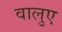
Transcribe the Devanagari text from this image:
वालुए